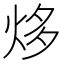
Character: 㶴